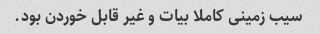
سیب زمینی کاملا بیات و غیر قابل خوردن بود.